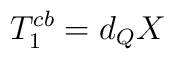
T_1^{cb}=d_QX